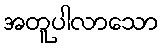
အတူပါလာသော